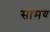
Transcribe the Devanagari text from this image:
सामय